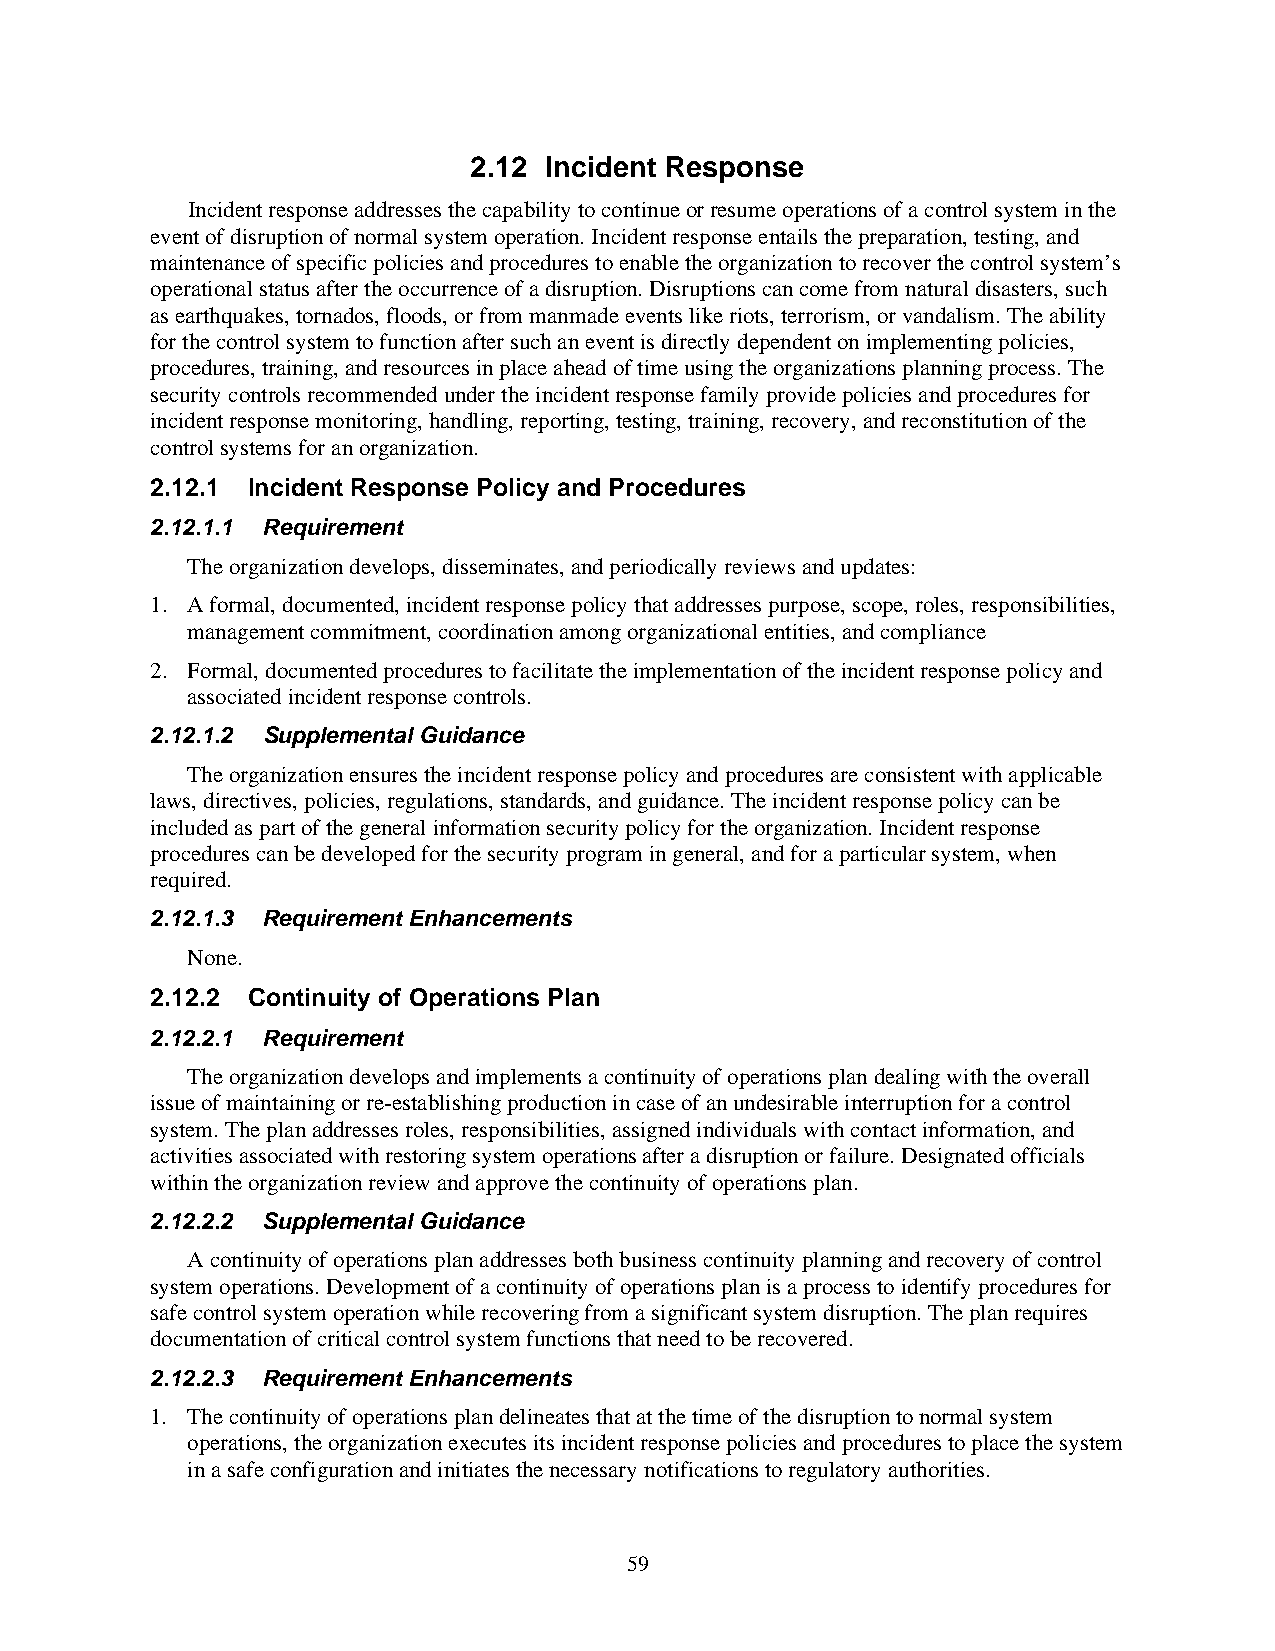
2.12 Incident Response
 Incident response addresses the capability to continue or resume operations of a control system in the
 event of disruption of normal system operation. Incident response entails the preparation, testing, and
 maintenance of specific policies and procedures to enable the organization to recover the control system’s
 operational status after the occurrence of a disruption. Disruptions can come from natural disasters, such
 as earthquakes, tornados, floods, or from manmade events like riots, terrorism, or vandalism. The ability
 for the control system to function after such an event is directly dependent on implementing policies,
 procedures, training, and resources in place ahead of time using the organizations planning process. The
 security controls recommended under the incident response family provide policies and procedures for
 incident response monitoring, handling, reporting, testing, training, recovery, and reconstitution of the
 control systems for an organization.
 2.12.1 Incident Response Policy and Procedures
 2.12.1.1 Requirement
 The organization develops, disseminates, and periodically reviews and updates:
 1. A formal, documented, incident response policy that addresses purpose, scope, roles, responsibilities,
 management commitment, coordination among organizational entities, and compliance
 2. Formal, documented procedures to facilitate the implementation of the incident response policy and
 associated incident response controls.
 2.12.1.2 Supplemental Guidance
 The organization ensures the incident response policy and procedures are consistent with applicable
 laws, directives, policies, regulations, standards, and guidance. The incident response policy can be
 included as part of the general information security policy for the organization. Incident response
 procedures can be developed for the security program in general, and for a particular system, when
 required.
 2.12.1.3 Requirement Enhancements
 None.
 2.12.2 Continuity of Operations Plan
 2.12.2.1 Requirement
 The organization develops and implements a continuity of operations plan dealing with the overall
 issue of maintaining or re-establishing production in case of an undesirable interruption for a control
 system. The plan addresses roles, responsibilities, assigned individuals with contact information, and
 activities associated with restoring system operations after a disruption or failure. Designated officials
 within the organization review and approve the continuity of operations plan.
 2.12.2.2 Supplemental Guidance
 A continuity of operations plan addresses both business continuity planning and recovery of control
 system operations. Development of a continuity of operations plan is a process to identify procedures for
 safe control system operation while recovering from a significant system disruption. The plan requires
 documentation of critical control system functions that need to be recovered.
 2.12.2.3 Requirement Enhancements
 1. The continuity of operations plan delineates that at the time of the disruption to normal system
 operations, the organization executes its incident response policies and procedures to place the system
 in a safe configuration and initiates the necessary notifications to regulatory authorities.
 59